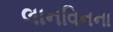
લાનવિનના